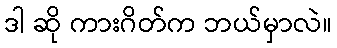
ဒါ ဆို ကားဂိတ်က ဘယ်မှာလဲ။